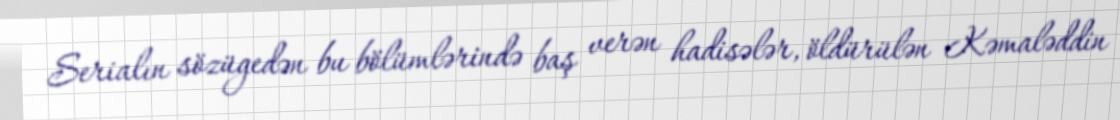
Serialın sözügedən bu bölümlərində baş verən hadisələr, öldürülən Kəmaləddin